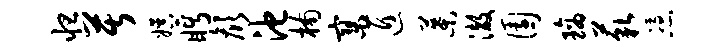
怛苦娱眄颜池楠寥匠叶澈园璃藐凭